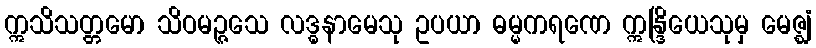
ဣသိသတ္တမော သိဝမဉ္ဇသေ လဒ္ဓနာမေသု ဥပယာ ဓမ္မကရဏေ ဣန္ဒြိယေသုမှ မေဇ္ဈံ